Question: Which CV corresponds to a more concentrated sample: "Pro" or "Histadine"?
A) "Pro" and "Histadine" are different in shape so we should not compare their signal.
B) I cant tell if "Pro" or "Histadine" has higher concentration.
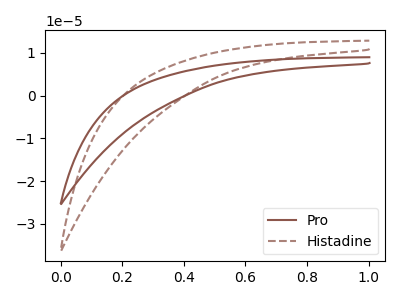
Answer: <think>The brown curve "Pro" has no peaks. The brown dashed curve "Histadine" has no peaks.
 Neither "Pro" or "Histadine" have any peaks.</think>
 <answer>B) I cant tell if "Pro" or "Histadine" has higher concentration.</answer>
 <eval>B</eval>